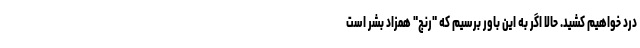
درد خواهیم کشید. حالا اگر به این باور برسیم که "رنج" همزاد بشر است